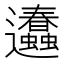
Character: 𨙥